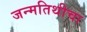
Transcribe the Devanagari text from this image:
जन्मतिथीचा